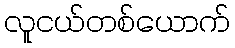
လူငယ်တစ်ယောက်